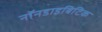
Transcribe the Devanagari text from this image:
नॉनडाइबिटिक